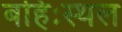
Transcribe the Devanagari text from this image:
बहिःस्थल